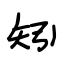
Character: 矧